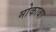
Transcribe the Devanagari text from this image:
मोकाबा